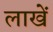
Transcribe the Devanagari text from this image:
लाखें